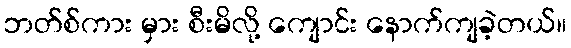
ဘတ်စ်ကား မှား စီးမိလို့ ကျောင်း နောက်ကျခဲ့တယ်။